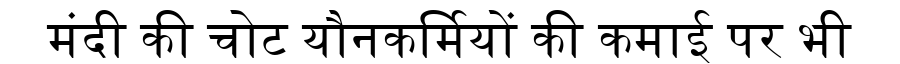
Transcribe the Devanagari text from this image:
मंदी की चोट यौनकर्मियों की कमाई पर भी